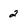
Character: 2